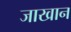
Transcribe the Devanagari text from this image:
जाखान